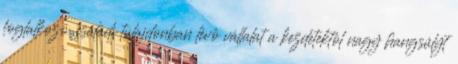
foglalkozó, családi tulajdonban lévô vállalat a kezdetektôl nagy hangsúlyt